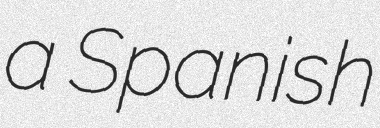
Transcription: a Spanish